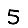
Digit: 5